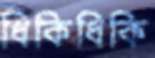
ধিকিধিকি